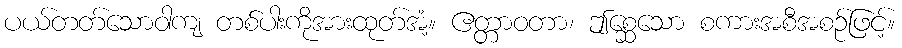
ပယ်တတ်သောဝါကျ တစ်ပါးကိုအားထုတ်အံ့။ ဧတ္တာဝတာ၊ ဤစ္ဆေသော စကားအစီအစဉ်ဖြင့်။